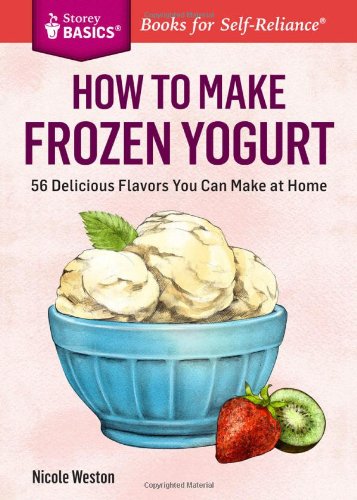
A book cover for How to Make Frozen Yogurt: 56 Delicious Flavors You Can Make at Home. A Storey BASICSÂ® Title; Nicole Weston; Cookbooks, Food & Wine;